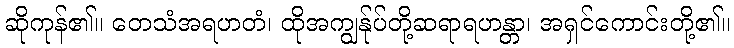
ဆိုကုန်၏။ တေသံအရဟတံ၊ ထိုအကျွန်ုပ်တို့ဆရာရဟန္တာ၊ အရှင်ကောင်းတို့၏။